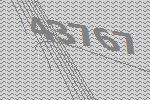
43767